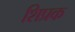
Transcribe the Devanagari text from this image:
शिप्रक